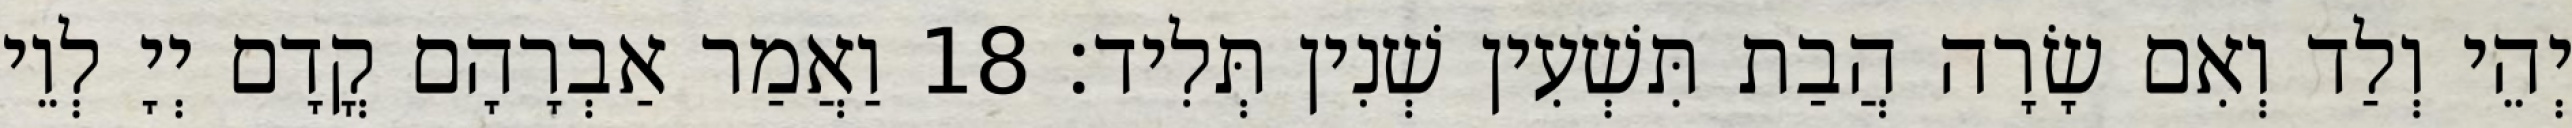
יְהֵי וְלַד וְאִם שָׂרָה הֲבַת תִּשְׁעִין שְׁנִין תְּלִיד׃ 18 וַאֲמַר אַבְרָהָם קֳדָם יְיָ לְוֵי